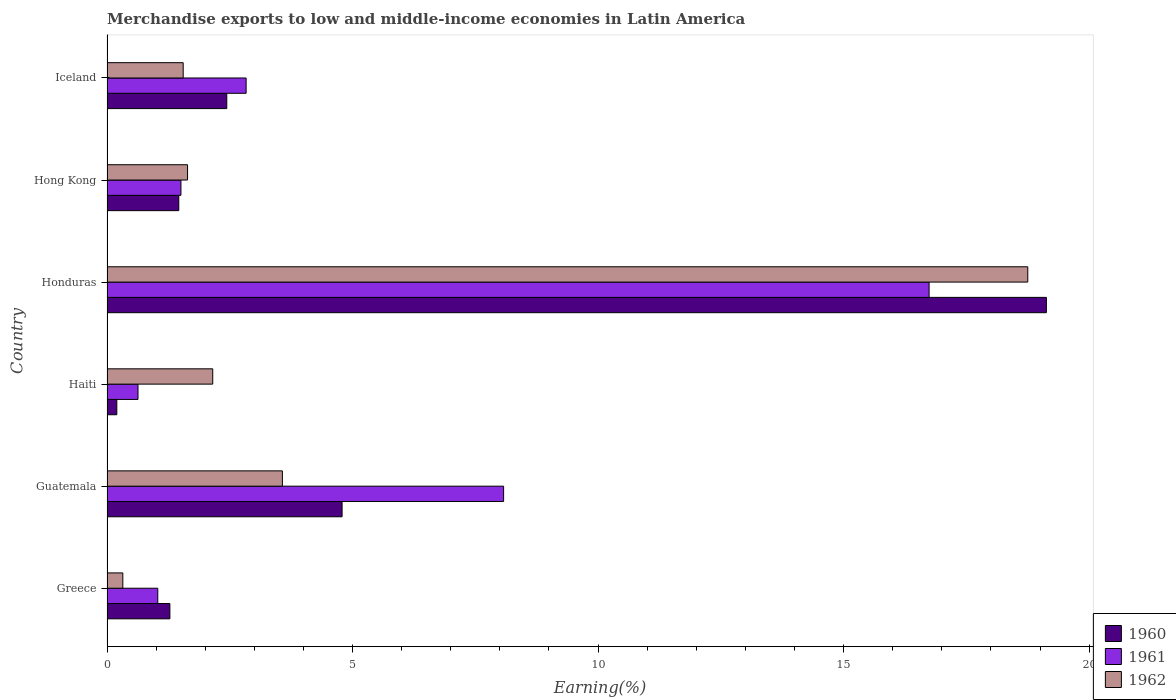
| Country | 1960 | 1961 | 1962 |
 | --- | --- | --- | --- |
 | Greece | 1.28 | 1.03 | 0.322 |
 | Guatemala | 4.79 | 8.08 | 3.57 |
 | Haiti | 0.2 | 0.631 | 2.15 |
 | Honduras | 19.1 | 16.7 | 18.8 |
 | Hong Kong | 1.46 | 1.51 | 1.64 |
 | Iceland | 2.44 | 2.83 | 1.55 |